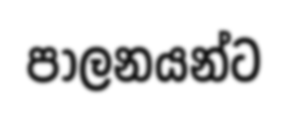
පාලනයන්ට